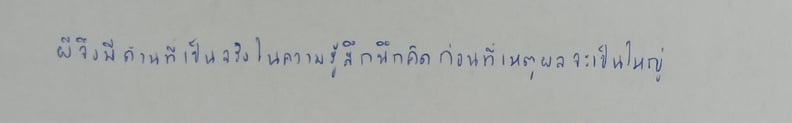
ผีจึงมีด้านที่เป็นจริงในความรู้สึกนึกคิดก่อนที่เหตุผลจะเป็นใหญ่